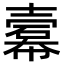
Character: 𢅍